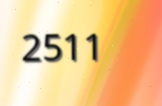
2511